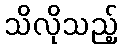
သိလိုသည့်